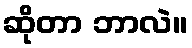
ဆိုတာ ဘာလဲ။